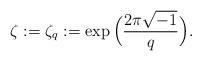
LaTeX: \begin{align*} \zeta:=\zeta_q:=\exp\Big(\frac{2\pi \sqrt{-1}}{q}\Big).\end{align*}